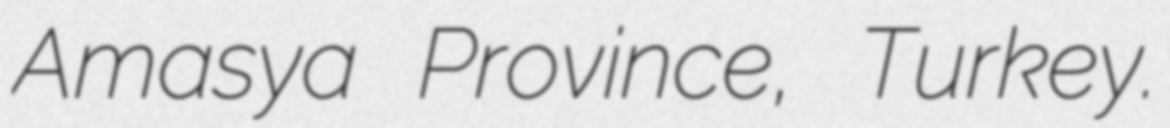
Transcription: Amasya Province, Turkey.